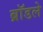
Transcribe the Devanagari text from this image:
ब्रॉडले